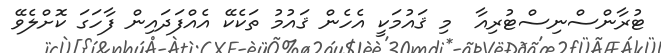
ޓުރާންސްނިސްޓުރިއާ  މި ޤައުމަކީ އެހެން ޤައުމު ތަކެކޭ އެއްފަދައިން ފާހަގަ ކޮށްލެވޭ